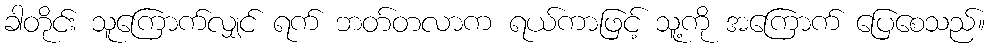
ခါတိုင်း သူကြောက်လျှင် ရက် ဘတ်တလာက ရယ်ကာဖြင့် သူ့ကို အကြောက် ပြေစေသည်။